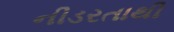
નીડરતાથી